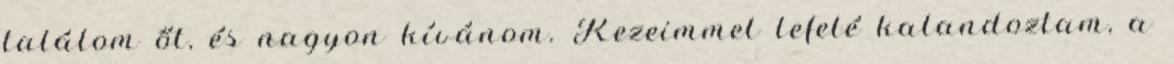
találom őt, és nagyon kívánom. Kezeimmel lefelé kalandoztam, a